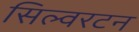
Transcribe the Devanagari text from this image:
सिल्वरटन